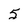
Character: 5